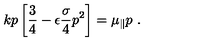
k p \left[ { \frac { 3 } { 4 } } - \epsilon { \frac { \sigma } { 4 } } p ^ { 2 } \right] = \mu _ { \parallel } p \ .